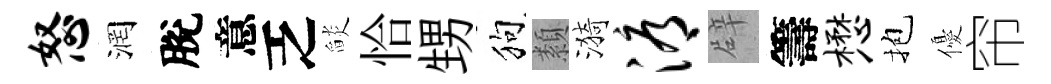
怒润脫意乏𦦨恰甥狗纇漪溽辟籌懋抱優帘